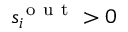
s _ { i } ^ { \mathrm { ~ o ~ u ~ t ~ } } > 0